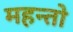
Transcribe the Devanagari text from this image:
महन्तो